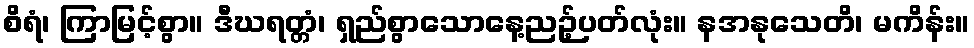
စိရံ၊ ကြာမြင့်စွာ။ ဒီဃရတ္တံ၊ ရှည်စွာသောနေ့ညဉ့်ပတ်လုံး။ နအနုသေတိ၊ မကိန်း။